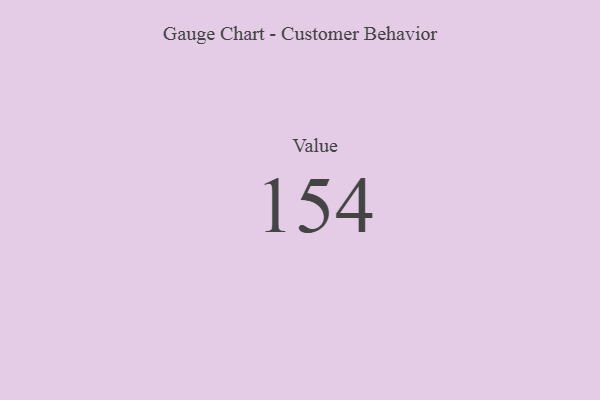
{"axis": {"x": "Metric", "y": "Value"}, "legend": [""], "data": [{"x": "Value", "y": 154, "type": ""}]}